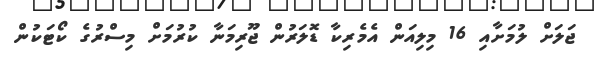
ޖަލަށް ލުމަށާއި 16 މިލިއަން އެމެރިކާ ޑޮލަރުން ޖޫރިމަނާ ކުރުމަށް މިސްރުގެ ކޯޓަކުން